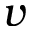
\boldsymbol { v }